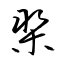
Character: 槊